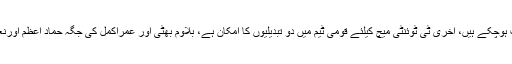
میچ کے ٹکٹس پہلے ہی ہاتھوں ہاتھ فروخت ہوچکے ہیں، آخری ٹی ٹوئنٹی میچ کیلئے قومی ٹیم میں دو تبدیلیوں کا امکان ہے، بلاوم بھٹی اور عمراکمل کی جگہ حماد اعظم اورنعمان انور کو موقع دئیے جانے کاامکان ہے۔